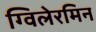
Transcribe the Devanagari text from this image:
ग्विलेरमिन